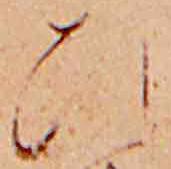
ひ